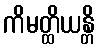
ကိမတ္ထိယန္တိ